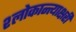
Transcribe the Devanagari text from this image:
श्लोकान्त्याक्षरी